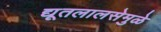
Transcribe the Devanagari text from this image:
द्यूतलालसेमुळे